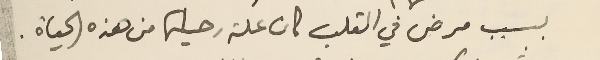
بسبب مرض في القلب كان علة رحيلها من هذه الحياة.